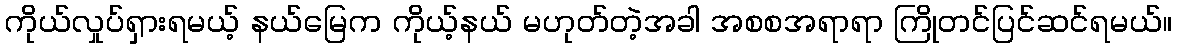
ကိုယ်လှုပ်ရှားရမယ့် နယ်မြေက ကိုယ့်နယ် မဟုတ်တဲ့အခါ အစစအရာရာ ကြိုတင်ပြင်ဆင်ရမယ်။